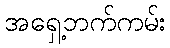
အရှေ့ဘက်ကမ်း